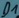
Text: D1